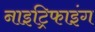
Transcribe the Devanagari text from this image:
नाइट्रिफाइंग